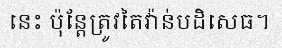
នេះ ប៉ុន្តែត្រូវតៃវ៉ាន់បដិសេធ។